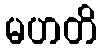
မဟတိ